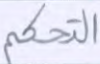
التحكم